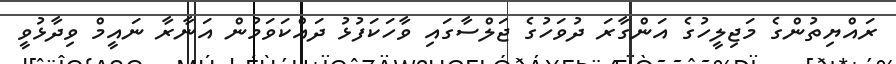
ރައްޔިތުންގެ މަޖިލީހުގެ އަންގާރަ ދުވަހުގެ ޖަލްސާގައި ވާހަކަފުޅު ދައްކަވަމުން އަނާރާ ނައީމް ވިދާޅުވީ